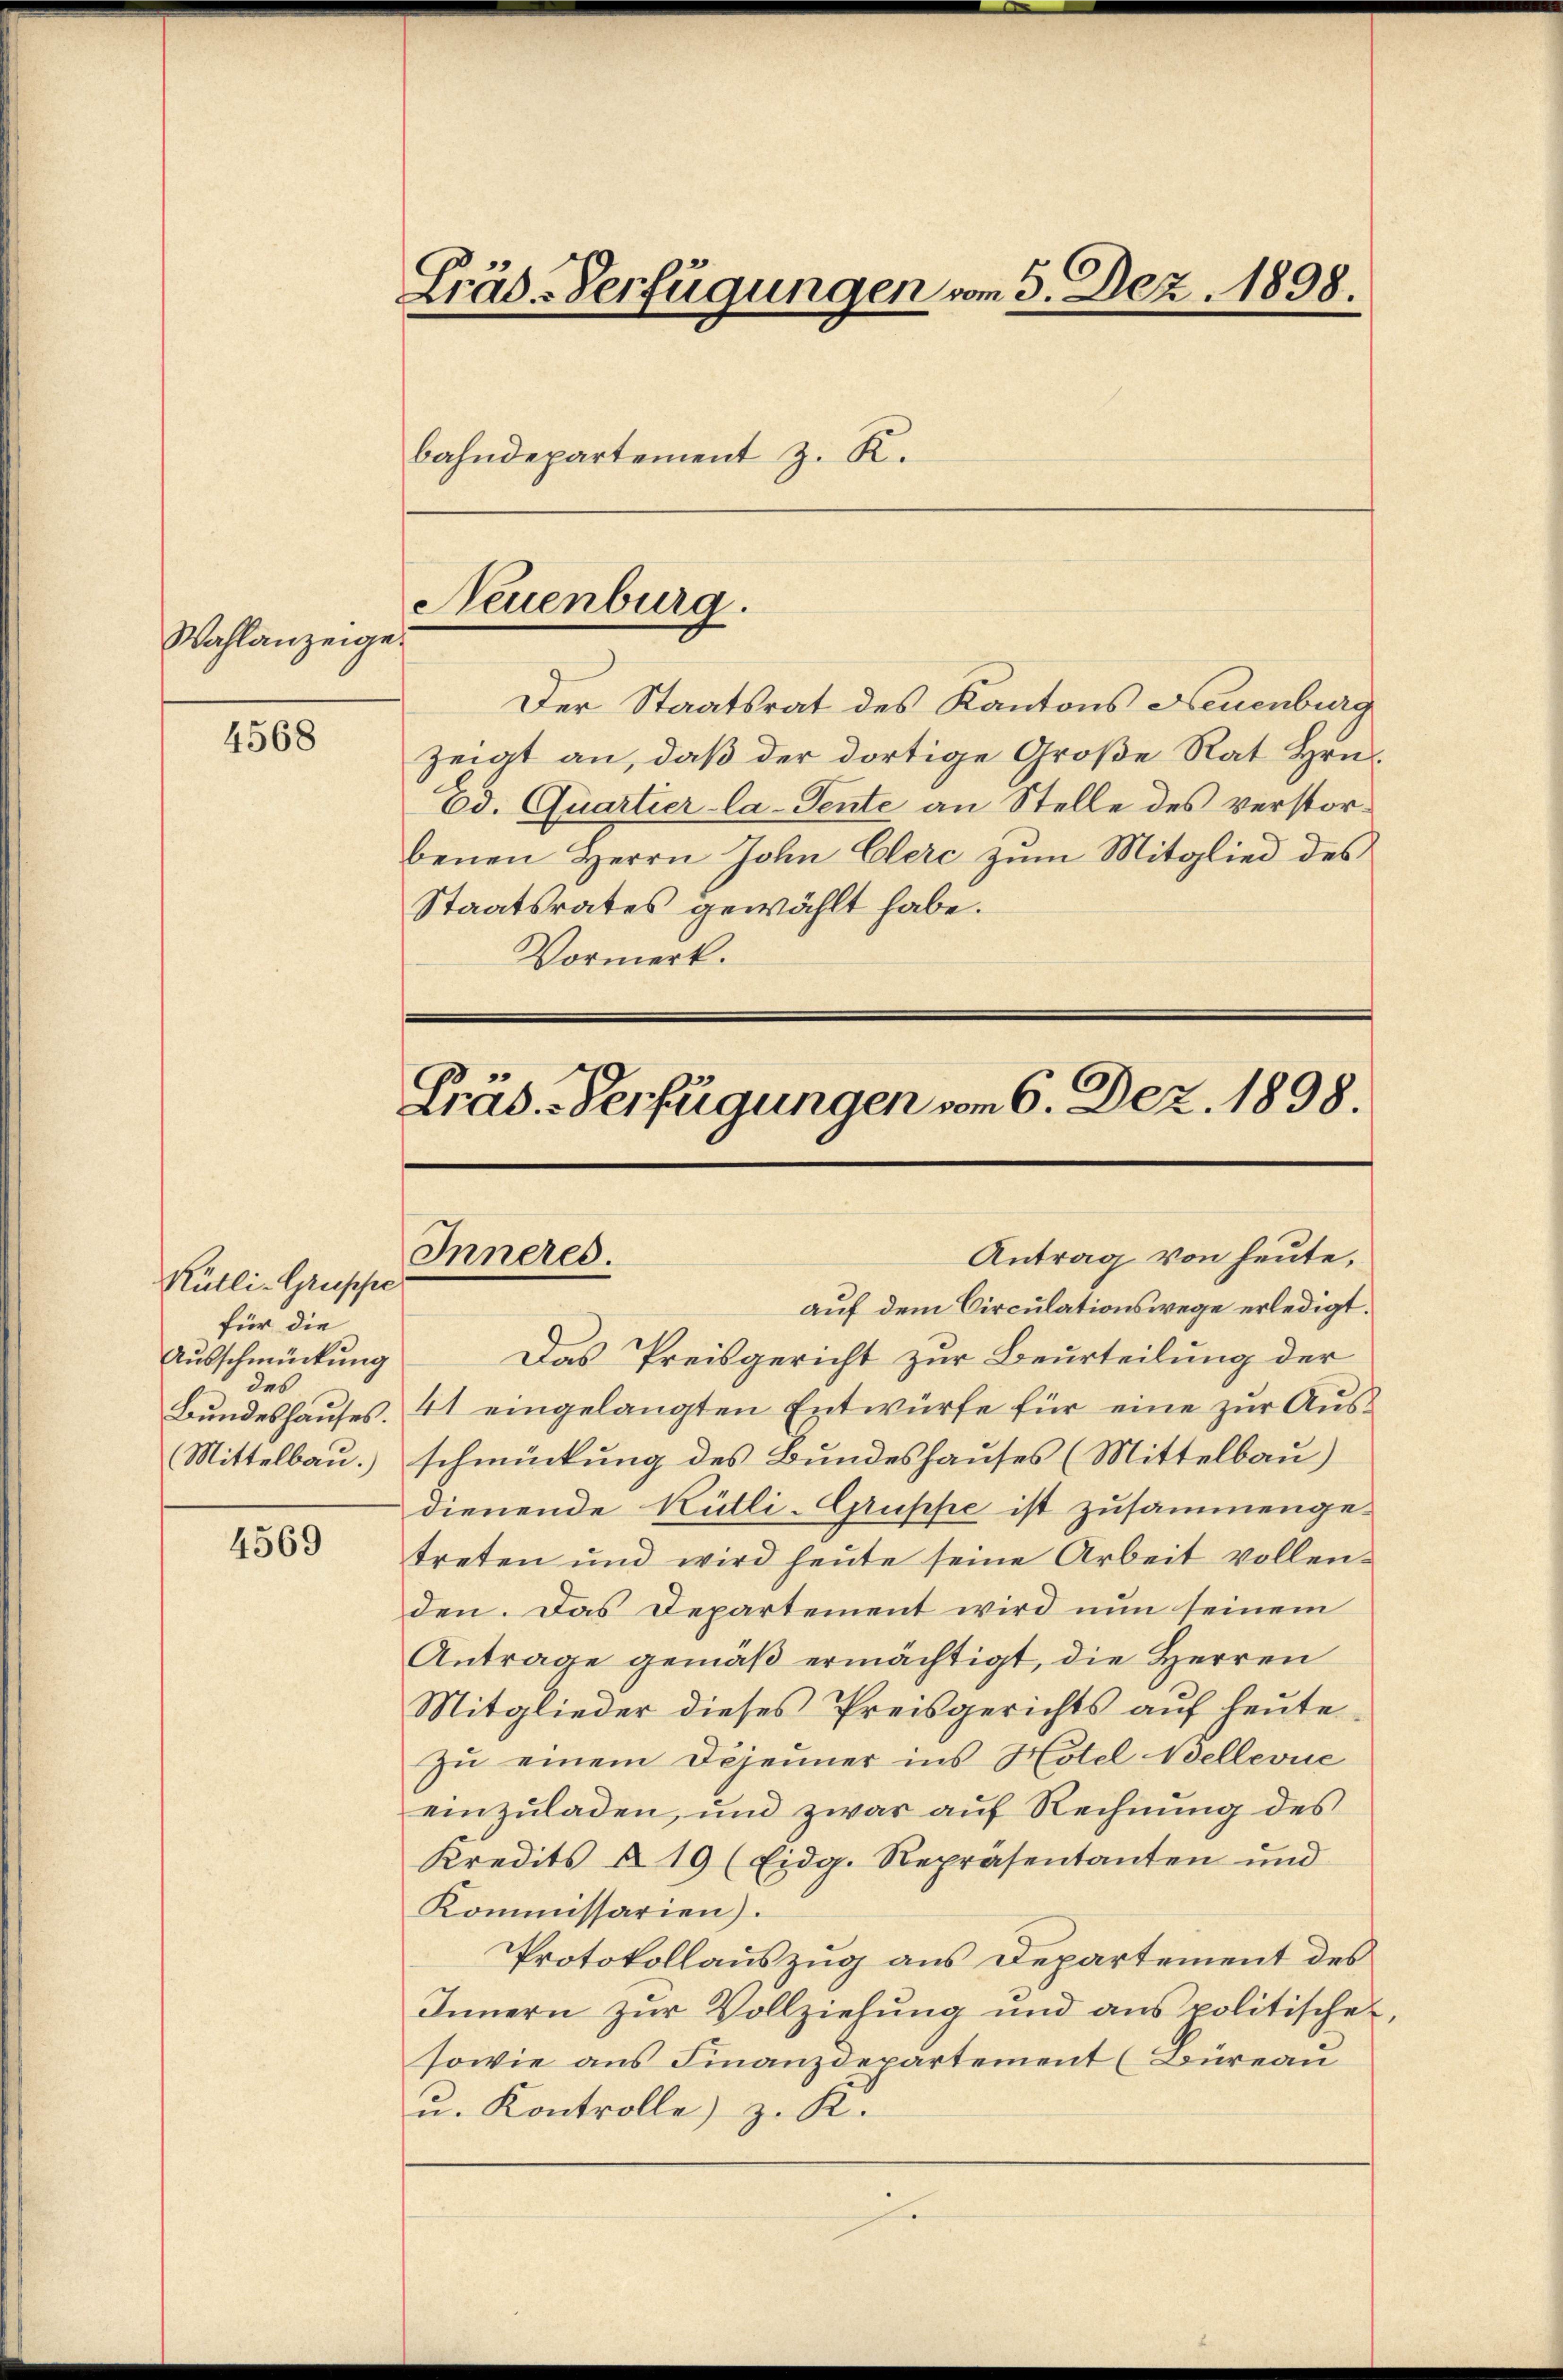
Wahlanzeige.

4568

Rütli-Gruppe
für die
Ausschmückung
des
Bundeshauses.
(Mittelbau.)

4569

Präd-Verfügungen vom 5. Dez. 1898.

Neuenburg.

bahndepartement z. R.

Der Staatsrat des Kantons Neuenburg
zeigt an, daß der dortige Große Rat Hrn.
Ed. Quartier la-Sente an Stelle des verstorbenen Herrn John Clerc zum Mitglied des
Staatsrates gewählt habe.
Vormerk.

Präs. - Verfügungen vom 6. Dez. 1898.

Antrag von heute,
Inneres.

auf dem Circulationswege erledigt.
Das Preisgericht zur Beurteilung der
41 eingelangten Entwürfe für eine zur Ausschmückung des Bundeshauses (Mittelbau)
dienende Kütli-Gruppe ist zusammenge-
treten und wird heute seine Arbeit vollenden. Das Departement wird nun seinem
Antrage gemäß ermächtigt, die Herren
Mitglieder dieses Preisgerichts auf heute
zu einem Dijenner ins Hotel Wellevue
einzuladen, und zwar auf Rechnung des
Kredits § 19 (Eidg. Repräsentanten und
Kommissarien).
Protokollauszug aus Departement des
Innern zŭr Vollziehŭng und ans politische,
sowie aus Finanzdepartement (Bureau
u. Kontrolle) z. K.
J